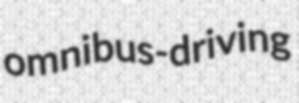
omnibus-driving